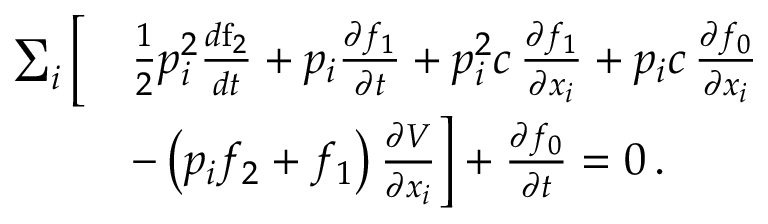
\begin{array} { r l } { \sum _ { i } \bigg [ } & { \frac { 1 } { 2 } p _ { i } ^ { 2 } \frac { d \mathrm f _ { 2 } } { d t } + p _ { i } \frac { \partial f _ { 1 } } { \partial t } + p _ { i } ^ { 2 } c \, \frac { \partial f _ { 1 } } { \partial x _ { i } } + p _ { i } c \, \frac { \partial f _ { 0 } } { \partial x _ { i } } } \\ & { - \left( p _ { i } f _ { 2 } + f _ { 1 } \right) \frac { \partial V } { \partial x _ { i } } \bigg ] + \frac { \partial f _ { 0 } } { \partial t } = 0 \, . } \end{array}